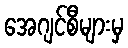
အေဂျင်စီများမှ